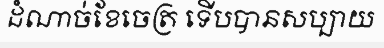
ដំណាច់ខែចេត្រ ទើបបានសប្បាយ